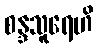
စန္ဒသူရေဟိ